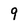
Character: 9